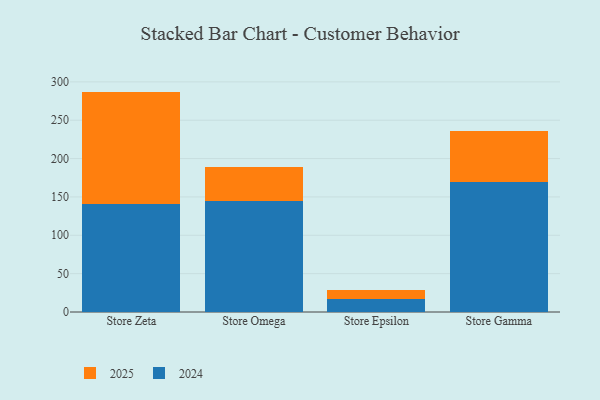
{"axis": {"x": "Store", "y": "Temperature (°C)"}, "legend": ["2024", "2025"], "data": [{"x": "Store Zeta", "y": 147.0, "type": "2025"}, {"x": "Store Zeta", "y": 140.3, "type": "2024"}, {"x": "Store Omega", "y": 44.9, "type": "2025"}, {"x": "Store Omega", "y": 144.4, "type": "2024"}, {"x": "Store Epsilon", "y": 11.7, "type": "2025"}, {"x": "Store Epsilon", "y": 17.6, "type": "2024"}, {"x": "Store Gamma", "y": 66.3, "type": "2025"}, {"x": "Store Gamma", "y": 169.8, "type": "2024"}]}